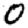
Digit: 0